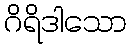
ဂိရိဒါသော